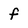
Character: f